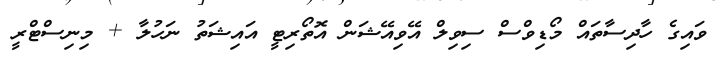
ވައިގެ ހާދިސާތައް މޯޑިވްސް ސިވިލް އޭވިއޭޝަން އޮތޯރިޓީ އައިޝަތު ނަހުލާ + މިނިސްޓްރީ